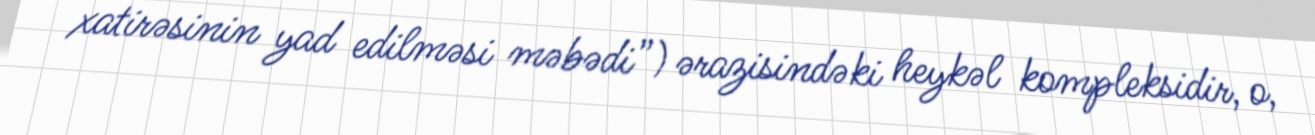
xatirəsinin yad edilməsi məbədi”) ərazisindəki heykəl kompleksidir, o,